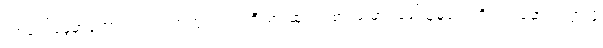
လာမယ့်နွေမှာတော့ အသင်းအတွက် အကြီးမားဆုံး ကစားသမား ခေါ်ယူမှုတွေကို လုပ်ဆောင်သွားဖို့